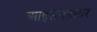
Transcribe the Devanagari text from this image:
आइसनहावर